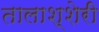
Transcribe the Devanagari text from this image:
तालाश्शेरी